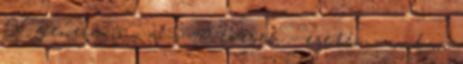
X generáció - a 35-49 évesek - esetén azonban